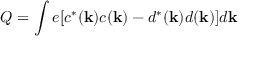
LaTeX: Q = \int e [ c ^ { \ast } ( { \bf k } ) c ( { \bf k } ) - d ^ { \ast } ( { \bf k } ) d ( { \bf k } ) ] d { \bf k }